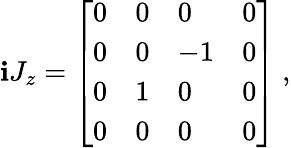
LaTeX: \mathbf{i}J_{z}={\left[\begin{array}{llll}{0}&{0}&{0}&{0}\\ {0}&{0}&{-1}&{0}\\ {0}&{1}&{0}&{0}\\ {0}&{0}&{0}&{0}\end{array}\right]}~,